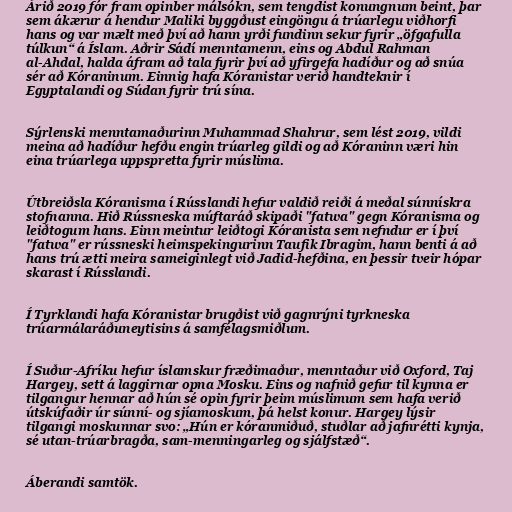
Árið 2019 fór fram opinber málsókn, sem tengdist konungnum beint, þar
sem ákærur á hendur Maliki byggðust eingöngu á trúarlegu viðhorfi
hans og var mælt með því að hann yrði fundinn sekur fyrir „öfgafulla
túlkun“ á Íslam. Aðrir Sádí menntamenn, eins og Abdul Rahman
al-Ahdal, halda áfram að tala fyrir því að yfirgefa hadíður og að snúa
sér að Kóraninum. Einnig hafa Kóranistar verið handteknir í
Egyptalandi og Súdan fyrir trú sína.

Sýrlenski menntamaðurinn Muhammad Shahrur, sem lést 2019, vildi
meina að hadíður hefðu engin trúarleg gildi og að Kóraninn væri hin
eina trúarlega uppspretta fyrir múslima.

Útbreiðsla Kóranisma í Rússlandi hefur valdið reiði á meðal súnnískra
stofnanna. Hið Rússneska múftaráð skipaði "fatwa" gegn Kóranisma og
leiðtogum hans. Einn meintur leiðtogi Kóranista sem nefndur er í því
"fatwa" er rússneski heimspekingurinn Taufik Ibragim, hann benti á að
hans trú ætti meira sameiginlegt við Jadid-hefðina, en þessir tveir hópar
skarast í Rússlandi.

Í Tyrklandi hafa Kóranistar brugðist við gagnrýni tyrkneska
trúarmálaráðuneytisins á samfélagsmiðlum.

Í Suður-Afríku hefur íslamskur fræðimaður, menntaður við Oxford, Taj
Hargey, sett á laggirnar opna Mosku. Eins og nafnið gefur til kynna er
tilgangur hennar að hún sé opin fyrir þeim múslimum sem hafa verið
útskúfaðir úr súnní- og sjíamoskum, þá helst konur. Hargey lýsir
tilgangi moskunnar svo: „Hún er kóranmiðuð, stuðlar að jafnrétti kynja,
sé utan-trúarbragða, sam-menningarleg og sjálfstæð“.

Áberandi samtök.